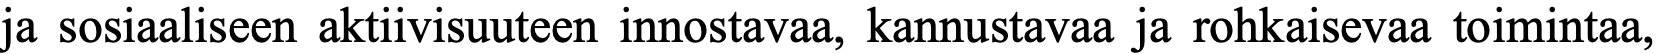
ja sosiaaliseen aktiivisuuteen innostavaa, kannustavaa ja rohkaisevaa toimintaa,